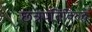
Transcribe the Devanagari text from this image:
छत्रपतिंविरुद्ध